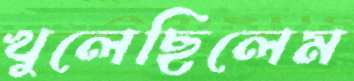
খুলেছিলেম